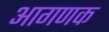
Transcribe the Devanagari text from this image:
आगणक